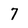
Character: 7